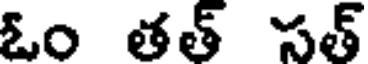
ఓం తత్ సత్